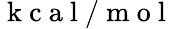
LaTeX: \mathrm{~k~c~a~l~}/\mathrm{~m~o~l~}